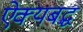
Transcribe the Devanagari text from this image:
ऐक्यबद्ध